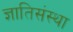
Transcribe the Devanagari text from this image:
ज्ञातिसंस्था